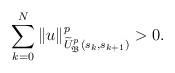
LaTeX: \begin{align*} \sum_{k=0}^N \| u \|_{\widetilde{U}^p_{\mathfrak{B}}(s_k, s_{k+1})}^p >0. \end{align*}